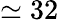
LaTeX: \simeq 32